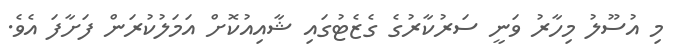
މި އުސޫލު މިހާރު ވަނީ ސަރުކާރުގެ ގެޒެޓުގައި ޝާއިއުކޮށް އަމަލުކުރަން ފަށާފަ އެެވެ.